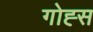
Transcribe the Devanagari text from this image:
गोह्स